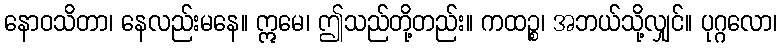
နောဝသိတာ၊ နေလည်းမနေ။ ဣမေ၊ ဤသည်တို့တည်း။ ကထဉ္စ၊ အဘယ်သို့လျှင်။ ပုဂ္ဂလော၊